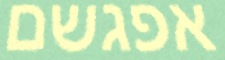
אפגשם